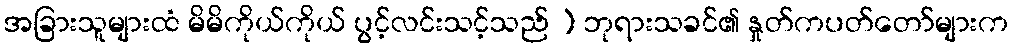
အခြားသူများထံ မိမိကိုယ်ကိုယ် ပွင့်လင်းသင့်သည် ) ဘုရားသခင်၏ နှုတ်ကပတ်တော်များက